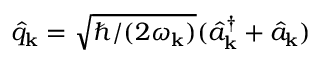
\hat { q } _ { \bf k } = \sqrt { \hbar / ( 2 \omega _ { \bf k } ) } ( \hat { a } _ { \bf k } ^ { \dagger } + \hat { a } _ { \bf k } )